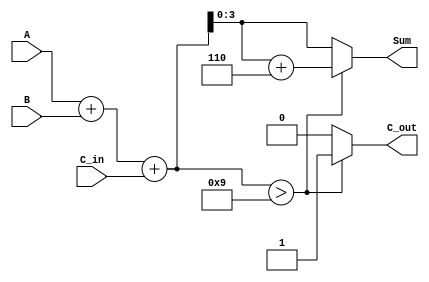
module BCD_Conditional_Adder (
    input  wire [3:0] A,      // First BCD digit (0-9)
    input  wire [3:0] B,      // Second BCD digit (0-9)
    input  wire C_in,         // Carry input
    output reg  [3:0] Sum,    // Resulting BCD digit (0-9)
    output reg  C_out         // Carry output
);

    wire [4:0] S;             // 5-bit sum to hold A + B + C_in
    wire [4:0] corrected_sum; // Corrected sum after BCD adjustment

    // Step 1: Perform binary addition
    assign S = A + B + C_in;

    // Step 2: BCD correction
    always @(*) begin
        if (S > 9) begin
            Sum = S[3:0] + 4'b0110; // Add 6 to correct the BCD
            C_out = 1;              // Set carry out
        end else begin
            Sum = S[3:0];           // No correction needed
            C_out = 0;              // No carry out
        end
    end

endmodule